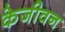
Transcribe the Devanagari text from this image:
केजीवन